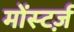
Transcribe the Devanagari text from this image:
मोंस्टर्ज़